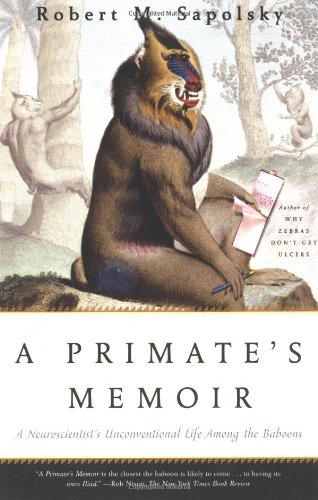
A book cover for A Primate's Memoir: A Neuroscientist's Unconventional Life Among the Baboons; Robert M. Sapolsky; Biographies & Memoirs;